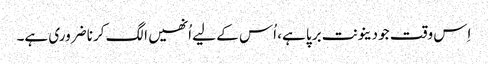
اِس وقت جو دینونت برپا ہے، اُس کے لیے اُنھیں الگ کرنا ضروری ہے۔